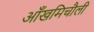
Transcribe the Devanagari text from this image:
आँखमिचौली